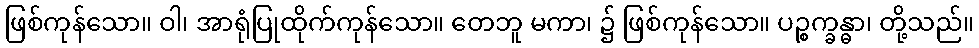
ဖြစ်ကုန်သော။ ဝါ၊ အာရုံပြုထိုက်ကုန်သော။ တေဘူ မကာ၊ ၌ ဖြစ်ကုန်သော။ ပဉ္စက္ခန္ဓာ၊ တို့သည်။